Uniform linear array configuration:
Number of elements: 16
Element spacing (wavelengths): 0.5
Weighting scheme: blackman
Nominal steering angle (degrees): -15
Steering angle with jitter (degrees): -13.681
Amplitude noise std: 0.05
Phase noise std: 0.05

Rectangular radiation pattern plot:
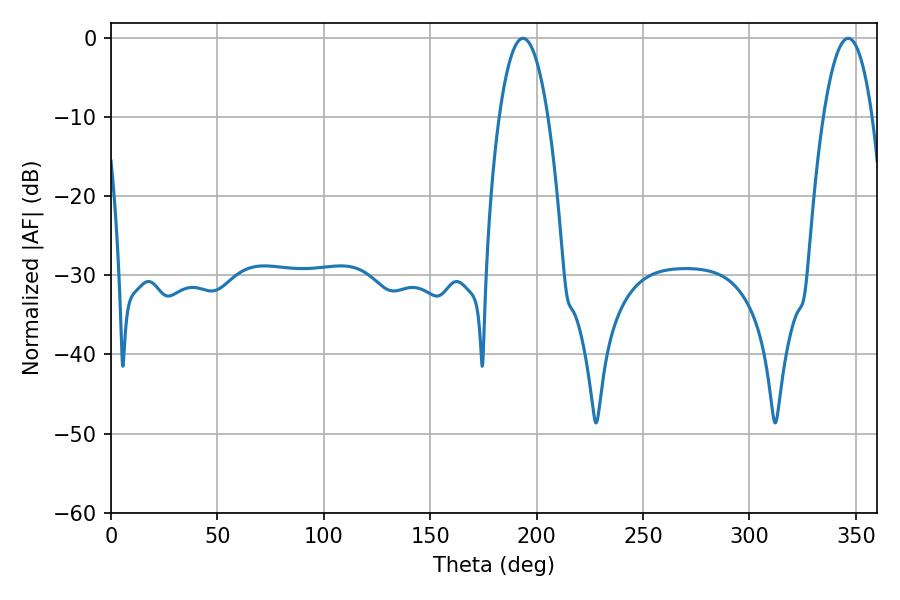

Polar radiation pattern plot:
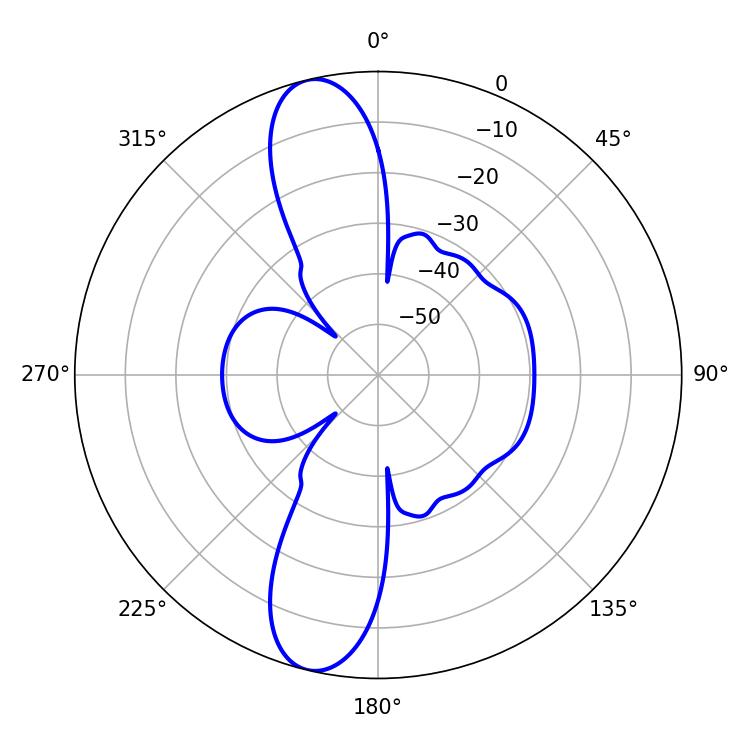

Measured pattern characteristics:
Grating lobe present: FALSE
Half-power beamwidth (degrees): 12.6
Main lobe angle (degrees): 193.68